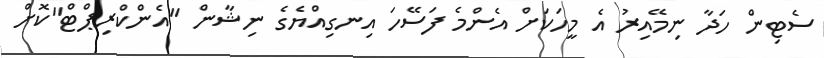
ސެޓިން ހަދާ ނިމޭއިރު އެ މީހަކަށް އެންމެ ފަސޭހަ އިނގިއްޔެގެ ނިޝާން "އެންކްރިޕްޓް"ކޮށް